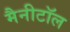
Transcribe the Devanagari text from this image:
मैनीटॉल